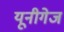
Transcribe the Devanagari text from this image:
यूनीगेज